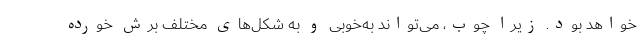
خواهد بود. زیرا چوب، می‌تواند به‌خوبی و به شکل‌های مختلف برش خورده